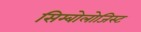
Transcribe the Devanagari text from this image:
सिम्बोलोजिस्ट